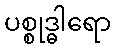
ပစ္စုဒ္ဓါရော